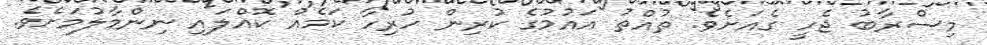
މިސްރާބު ޖެހީ ގެއަށެވެ. ތުއްތު އައުމުގެ ކުރިން ހުރިހާ ކަމެއް ކޮއްލައި ނިންމާލުމަށެވެ.